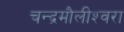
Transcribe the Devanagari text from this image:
चन्‍द्रमौलीश्‍वरा